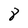
Character: 8